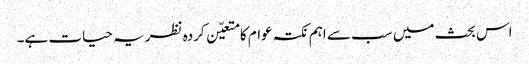
اس بحث میں سب سے اہم نکتہ عوام کا متعیّن کردہ نظریہ حیات ہے۔